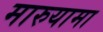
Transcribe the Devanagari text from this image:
मारुयामा